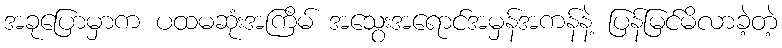
အခုပြောမှာက ပထမဆုံးအကြိမ် အသွေးအရောင်အမှန်အကန်နဲ့ ပြန်မြင်မိလာခဲ့တဲ့